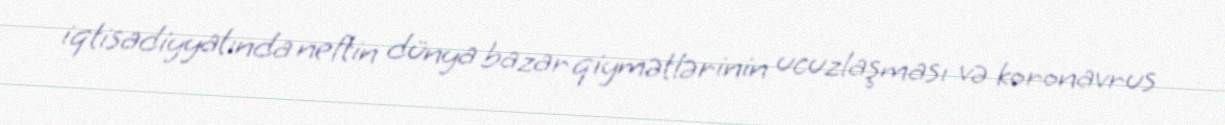
iqtisadiyyatında neftin dünya bazar qiymətlərinin ucuzlaşması və koronavrus